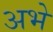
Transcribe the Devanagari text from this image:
अभे